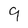
Character: 9